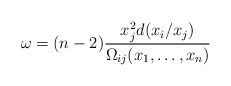
\begin{align*}\omega=(n-2)\frac{x_j^2 d(x_i/x_j)}{\Omega_{ij}(x_1,\ldots,x_{n})}\end{align*}